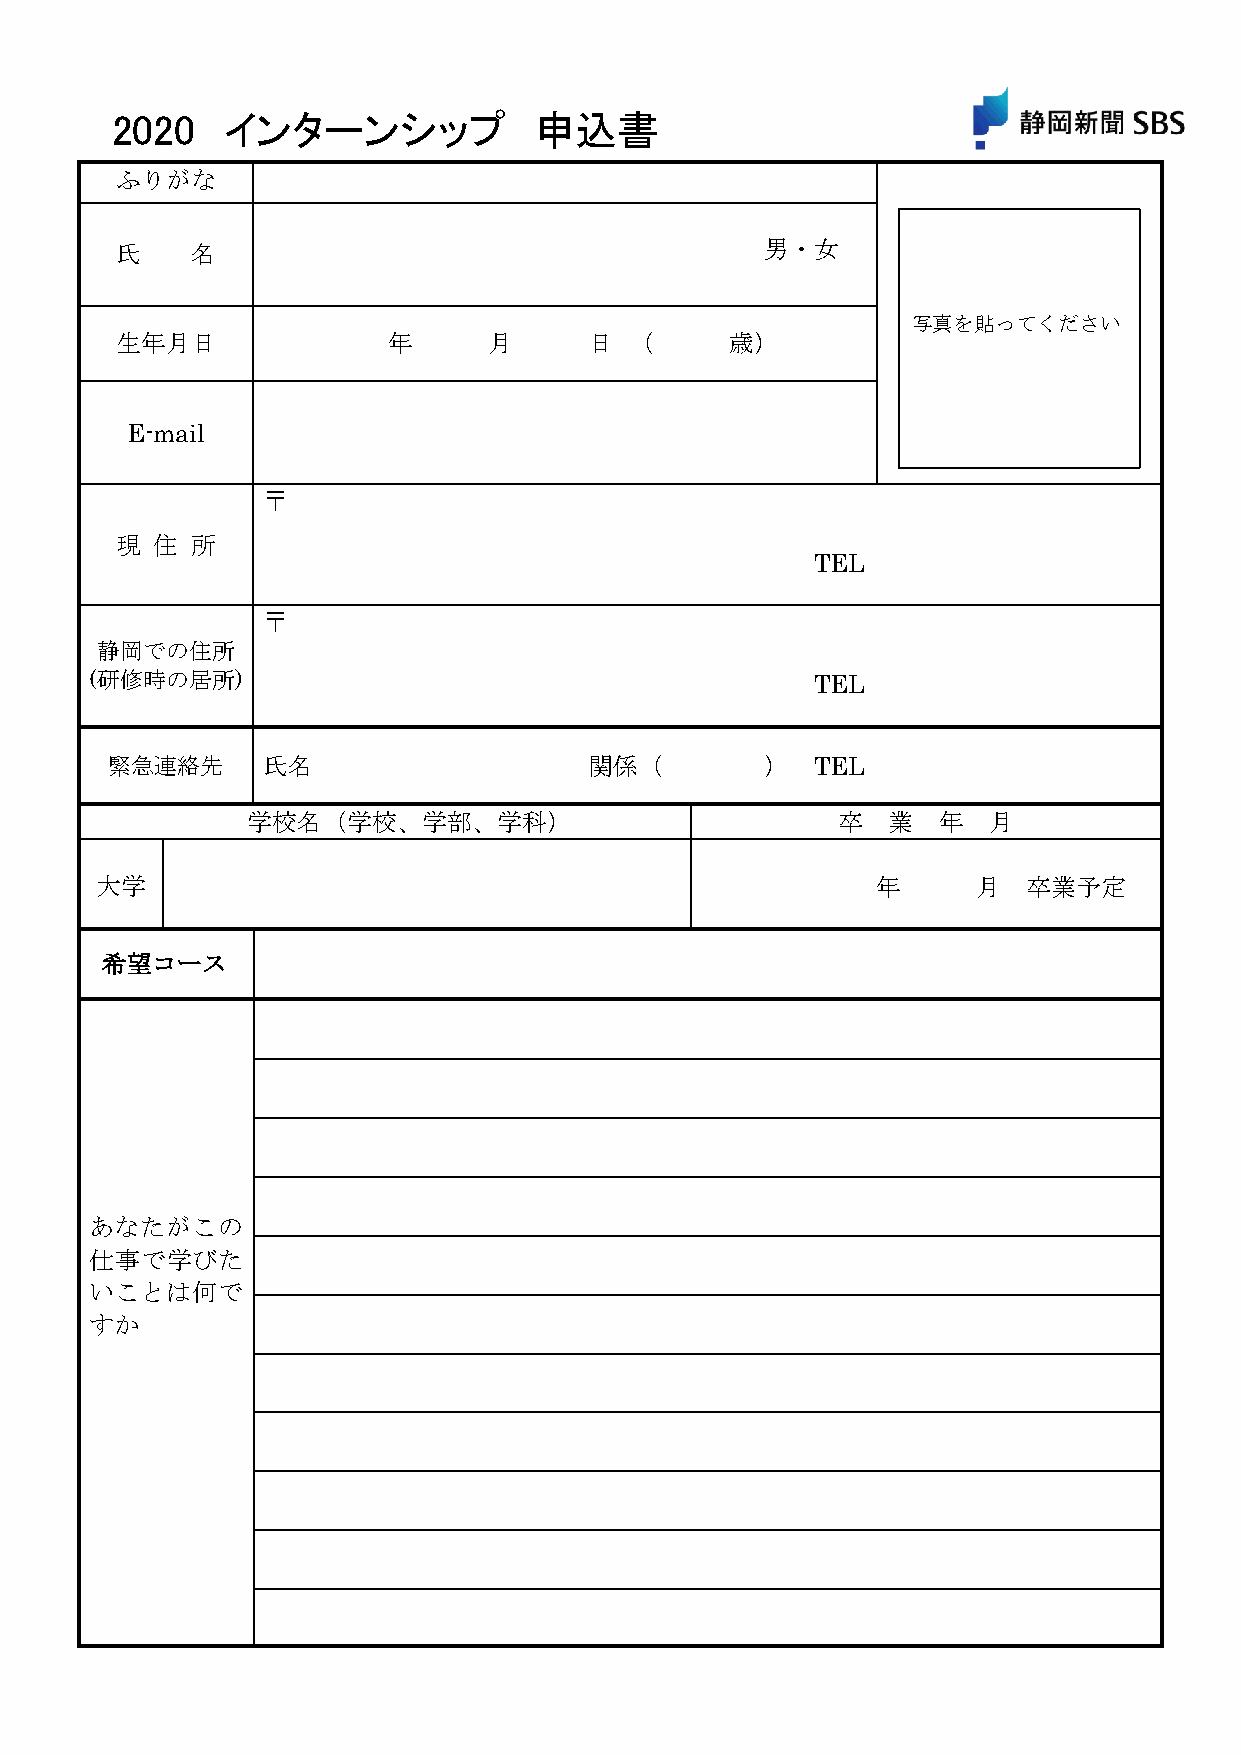
2020    インターンシップ            申込書
 ふりがな
 氏    名                                     男・女
 写真を貼ってください
 生年月日              年     月      日  （     歳）
 E-mail
 〒
 現 住  所
 TEL
 〒
 静岡での住所
 (研修時の居所)                                        TEL
 緊急連絡先     氏名                    関係（         ）  TEL
 学校名（学校、学部、学科）                          卒   業  年  月
 大学                                                  年      月  卒業予定
 希望コース
 あなたがこの
 仕事で学びた
 いことは何で
 すか